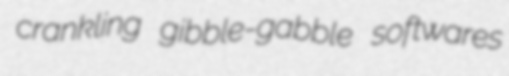
crankling gibble-gabble softwares